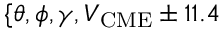
\{ \theta , \phi , \gamma , V _ { \mathrm { C M E } } \pm 1 1 . 4 \